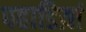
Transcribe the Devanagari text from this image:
पहाडिय़ां